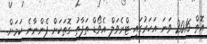
އޮތް 2016 ވަނަ އަހަރުގައި ޓްރެވަލް އެވޯޑް ތަފާތު ގޮތަކަށް ފެންނާނެ ކަމަށް.